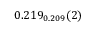
0 . 2 1 9 _ { 0 . 2 0 9 } ( 2 )